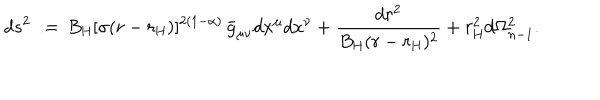
d s ^ { 2 } \, : = \, B _ { \mathrm { H } } [ \sigma ( r - r _ { \mathrm { H } } ) ] ^ { 2 ( 1 - \alpha ) } \, \bar { g } _ { \mu \nu } d x ^ { \mu } d x ^ { \nu } + \frac { d r ^ { 2 } } { B _ { \mathrm { H } } ( r - r _ { \mathrm { H } } ) ^ { 2 } } + r _ { \mathrm { H } } ^ { 2 } d \Omega _ { n - 1 } ^ { 2 } .